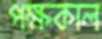
পক্ষকাল